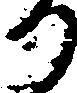
り